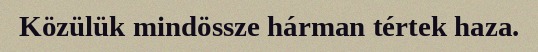
Közülük mindössze hárman tértek haza.